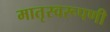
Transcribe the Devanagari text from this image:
मातृस्वरूपणी